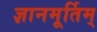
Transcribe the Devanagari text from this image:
ज्ञानमूर्तिम्